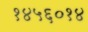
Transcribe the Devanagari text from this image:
१४५६०१४